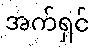
အက်ရှင်